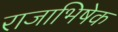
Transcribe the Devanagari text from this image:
राजाभिषेक